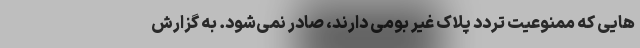
هایی که ممنوعیت تردد پلاک غیر بومی دارند، صادر نمی‌شود. به گزارش